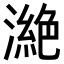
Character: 𣾵